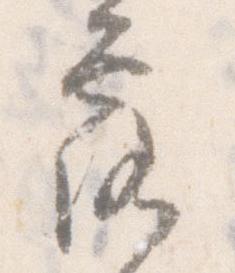
露